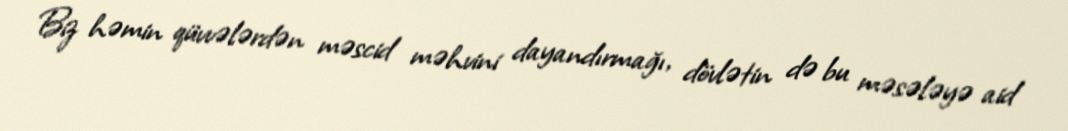
Biz həmin qüvvələrdən məscid məhvini dayandırmağı, dövlətin də bu məsələyə aid